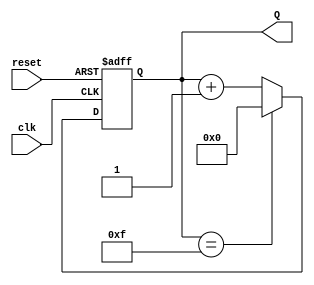
module binary_up_counter #(
    parameter N = 4  // Parameter to define the width of the counter (N bits)
)(
    input wire clk,      // Clock input
    input wire reset,    // Asynchronous reset input
    output reg [N-1:0] Q // N-bit output count
);

// Always block for synchronous counting
always @(posedge clk or posedge reset) begin
    if (reset) begin
        Q <= 0; // Reset the counter to 0
    end else begin
        if (Q == (2**N - 1)) begin
            Q <= 0; // Wrap around to 0 when maximum value is reached
        end else begin
            Q <= Q + 1; // Increment the counter
        end
    end
end

endmodule